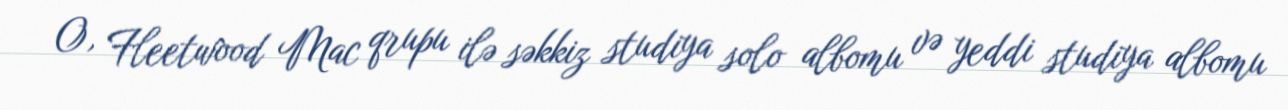
O, Fleetwood Mac qrupu ilə səkkiz studiya solo albomu və yeddi studiya albomu